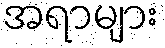
အရာများ